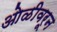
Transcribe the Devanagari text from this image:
ओळीवरून